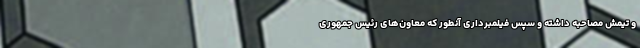
و تیمش مصاحبه داشته و سپس فیلمبرداری آنطور که معاون‌های رئیس جمهوری